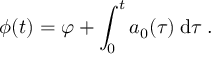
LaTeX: \phi ( t ) = \varphi + \int _ { 0 } ^ { t } a _ { 0 } ( \tau ) \: \mathrm { d } \tau \; .